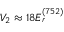
V _ { 2 } \approx 1 8 E _ { r } ^ { ( 7 5 2 ) }